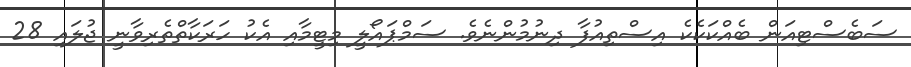
ސަބެސްޓިއަން ބެއްކަކެކެ އިސްތިއުފާ ދިނުމުންނެވެ. ސަމްޕައޯލީ މިޓީމާއި އެކު ހަރަކާތްތެރިވާނީ ޖުލައި 28